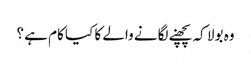
وہ بولا کہ پچھنے لگانے والے کا کیا کام ہے ؟